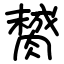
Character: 膥